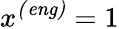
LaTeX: x^{\mathit{(eng)}}=1